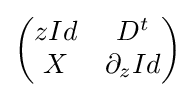
{\begin{pmatrix}zId&D^{t}\\X&\partial _{z}Id\end{pmatrix}}